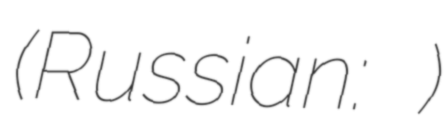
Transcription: (Russian: Ивановская)